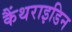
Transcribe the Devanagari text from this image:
कैंथराइडिन